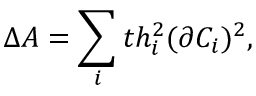
\Delta A = \sum _ { i } t h _ { i } ^ { 2 } ( \partial C _ { i } ) ^ { 2 } ,